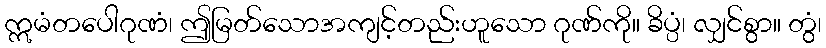
ဣမံတပေါဂုဏံ၊ ဤမြတ်သောအကျင့်တည်းဟူသော ဂုဏ်ကို။ ခိပ္ပံ၊ လျှင်စွာ။ တွံ၊